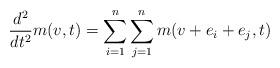
LaTeX: \begin{align*}\frac{d^2}{dt^2} m(v, t) = \sum_{i=1}^n\sum_{j=1}^n m(v+e_i+e_j, t)\end{align*}